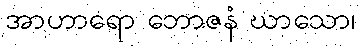
အာဟာရော ဘောဇနံ ဃာသော၊